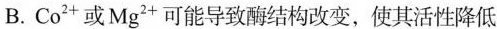
B.Co^{2+}或Mg^{2+}可能导致酶结构改变，使其活性降低